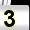
Digit: 3